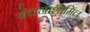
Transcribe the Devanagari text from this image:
बेचनाशामिल